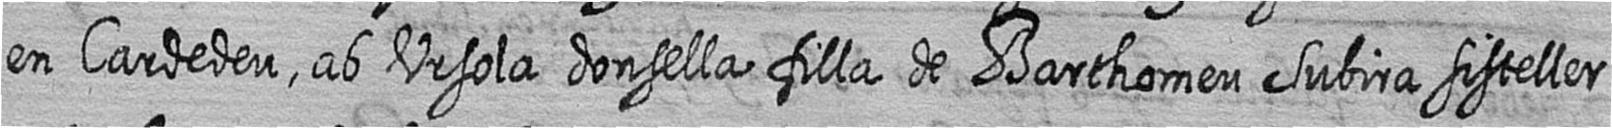
en Cardedeu ab Ursola donsella filla de Barthomeu Subira sisteller